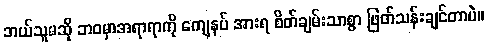
ဘယ်သူမဆို ဘဝမှာအရာရာကို ကျေနပ် အားရ စိတ်ချမ်းသာစွာ ဖြတ်သန်းချင်တာပဲ။